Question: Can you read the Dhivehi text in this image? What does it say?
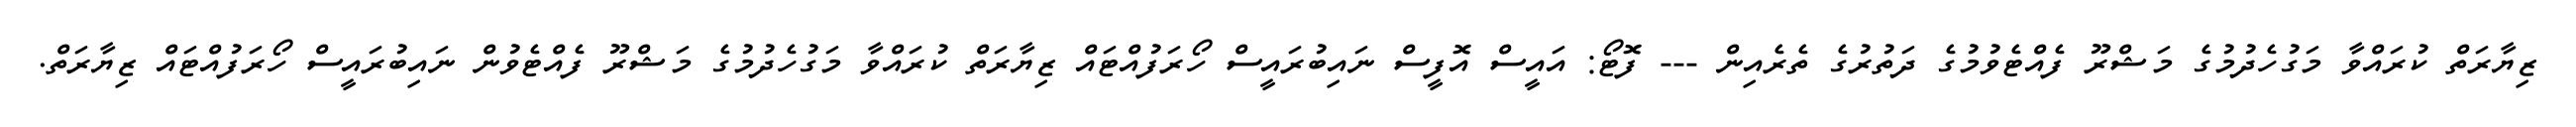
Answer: ޒިޔާރަތް ކުރައްވާ މަގުހެދުމުގެ މަޝްރޫ ފެއްޓެވުމުގެ ދަތުރުގެ ތެރެއިން --- ފޮޓޯ: އައީސް އޮފީސް ނައިބުރައީސް ހޯރަފުއްޓައް ޒިޔާރަތް ކުރައްވާ މަގުހެދުމުގެ މަޝްރޫ ފެއްޓެވުން ނައިބުރައީސް ހޯރަފުއްޓައް ޒިޔާރަތް.